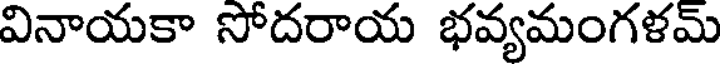
వినాయకా సోదరాయ భవ్యమంగళమ్